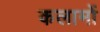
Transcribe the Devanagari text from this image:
कलामों